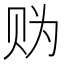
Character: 𧹑